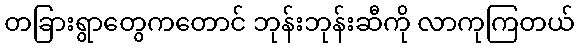
တခြားရွာတွေကတောင် ဘုန်းဘုန်းဆီကို လာကုကြတယ်